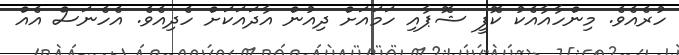
ހުރެއެވެ. މިންހާއާއެކު ކޮފީ ޝޮޕާއި ހަމައަށް ދިއުން އާދައަކަށް ހެދިއެވެ. އެހެނަސް އެއް